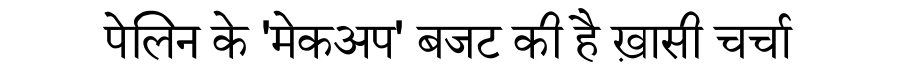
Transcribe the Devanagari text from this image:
पेलिन के 'मेकअप' बजट की है ख़ासी चर्चा